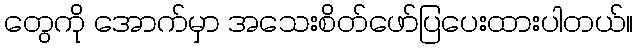
တွေကို အောက်မှာ အသေးစိတ်ဖော်ပြပေးထားပါတယ်။